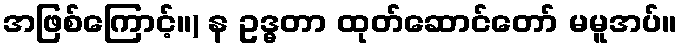
အဖြစ်ကြောင့်။) န ဥဒ္ဓတာ ထုတ်ဆောင်တော် မမူအပ်။